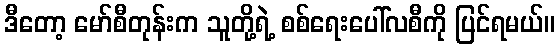
ဒီတော့ မော်စီတုန်းက သူတို့ရဲ့ စစ်ရေးပေါ်လစီကို ပြင်ရမယ်။